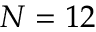
N = 1 2